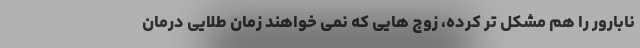
نابارور را هم مشکل تر کرده، زوج هایی که نمی خواهند زمان طلایی درمان